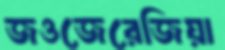
জওজেরেজিয়া